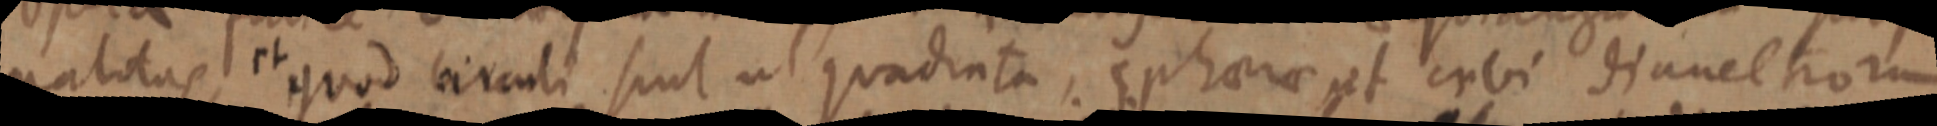
nalitas, et quod circuli sint ut quadrata, sphaerae et cubi dianeltrorum